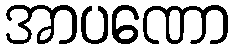
အာပဏော